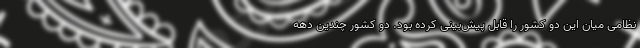
نظامی میان این دو کشور را قابل پیش‌بینی کرده بود. دو کشور چندین دهه